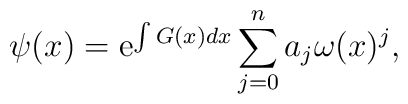
\psi (x)={\rm e}^{\int G(x)dx}\sum\limits_{j=0}^{n}a_j\omega(x)^j,